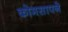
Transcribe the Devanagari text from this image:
कोमसापने